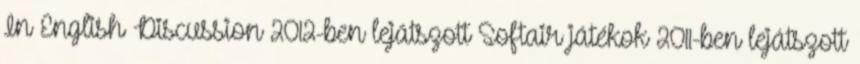
In English Discussion 2012-ben lejátszott Softair játékok 2011-ben lejátszott